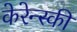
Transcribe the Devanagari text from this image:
केरेन्स्की